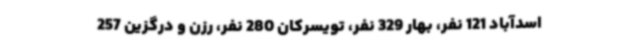
اسدآباد 121 نفر، بهار 329 نفر، تویسرکان 280 نفر، رزن و درگزین 257